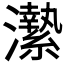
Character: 𤃲